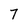
Character: 7